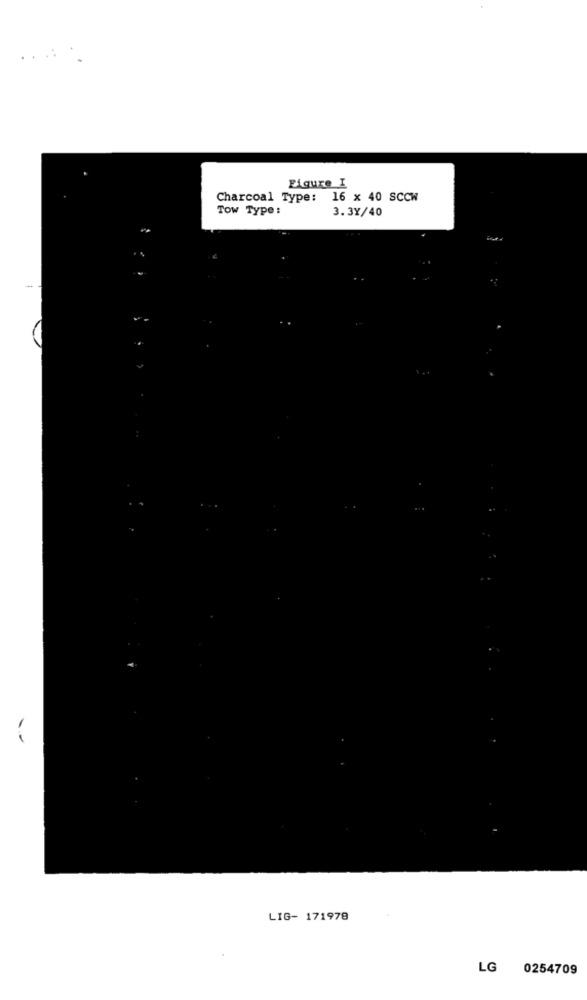
Figure I
Charcoal Type:
16 x 40 SCCW
Tow Type :
3.3Y/40
.
LIG- 171978
LG
0254709